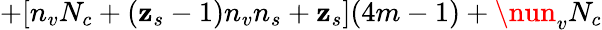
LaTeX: +[n_{v}N_{c}+(\mathbf{z}_{s}-1)n_{v}n_{s}+\mathbf{z}_{s}](4m-1)+\nun_{v}N_{c}